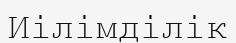
Иілімділік